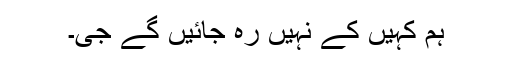
ہم کہیں کے نہیں رہ جائیں گے جی۔